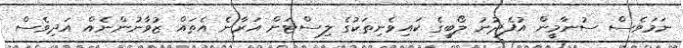
ނަމަވެސް ސުނާމީން އުފެދުނު ލޯބީގެ ކައިވެނިތަކުގެ ލިސްޓަށް އަރާނެ އެތައް ޒުވާނުންނެއް އަދިވެސް